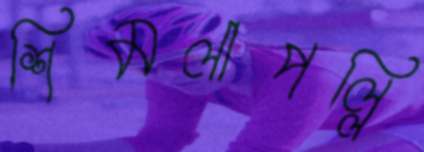
শিমলাপল্লি